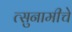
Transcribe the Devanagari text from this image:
त्सुनामीचे